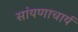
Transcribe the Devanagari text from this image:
सांयणाचार्य